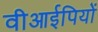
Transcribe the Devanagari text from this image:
वीआईपियों